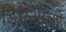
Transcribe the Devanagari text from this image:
डिसेअम्बर